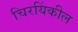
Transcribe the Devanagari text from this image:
चिरयिंकील